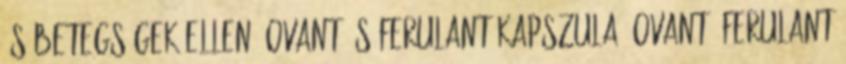
és betegségek ellen. Ovant és Ferulant kapszula, Ovant, Ferulant